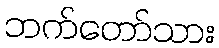
ဘက်တော်သား